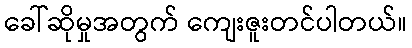
ခေါ်ဆိုမှုအတွက် ကျေးဇူးတင်ပါတယ်။